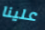
علينا